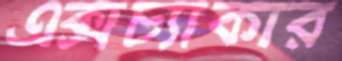
এক্সচ্যাকার